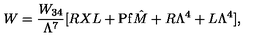
W = { \frac { W _ { 3 4 } } { \Lambda ^ { 7 } } } [ R X L + \mathrm { P f } \hat { M } + R \Lambda ^ { 4 } + L \Lambda ^ { 4 } ] ,